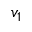
v _ { 1 }